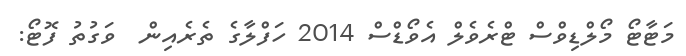
މަޓާޓޯ މޯލްޑިވްސް ޓްރެވެލް އެވޯޑްސް 2014 ހަފްލާގެ ތެރެއިން  ވަގުތު ފޮޓޯ: